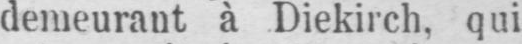
demeurant à Diekirch, qui